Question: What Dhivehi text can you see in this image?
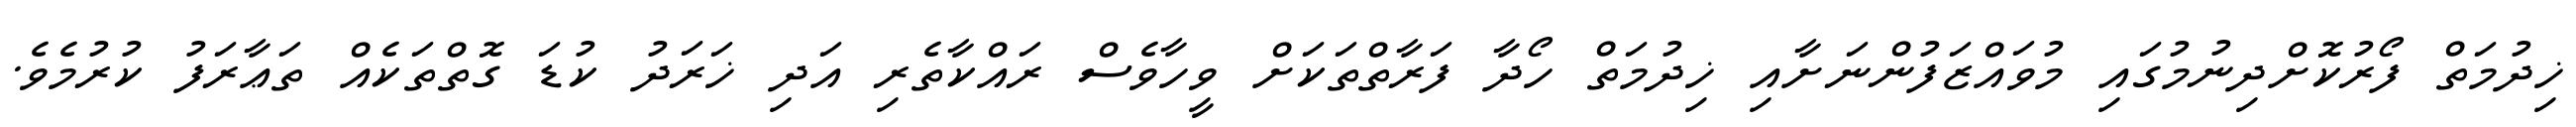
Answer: ޚިދުމަތް ފޯރުކޮށްދިނުމުގައި މުވައްޒަފުންނަށާއި ޚިދުމަތް ހޯދާ ފަރާތްތަކަށް ވީހާވެސް ރައްކާތެރި އަދި ޚަރަދު ކުޑަ ގޮތްތަކެއް ތަޢާރަފު ކުރުމެވެ.